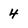
Character: 4